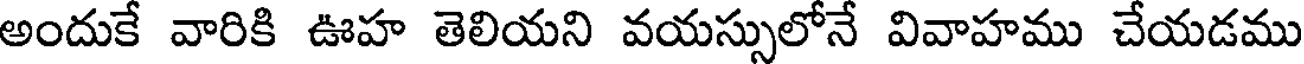
అందుకే వారికి ఊహ తెలియని వయస్సులోనే వివాహము చేయడము